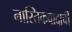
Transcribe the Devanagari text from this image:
नास्तिकवादाची